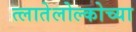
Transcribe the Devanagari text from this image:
त्लातेलोल्कोच्या